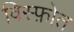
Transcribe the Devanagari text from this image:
विस्फ़ोत